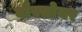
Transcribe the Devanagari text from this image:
वौस्सोयर